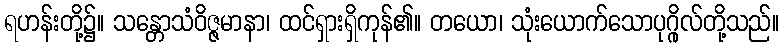
ရဟန်းတို့၌။ သန္တောသံဝိဇ္ဇမာနာ၊ ထင်ရှားရှိကုန်၏။ တယော၊ သုံးယောက်သောပုဂ္ဂိုလ်တို့သည်။